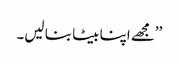
’’مجھے اپنا بیٹا بنا لیں۔